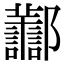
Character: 𨟪